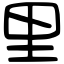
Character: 里